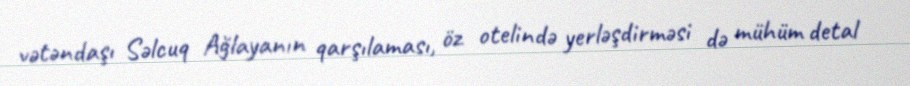
vətəndaşı Səlcuq Ağlayanın qarşılaması, öz otelində yerləşdirməsi də mühüm detal